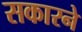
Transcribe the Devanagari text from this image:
सकारने